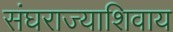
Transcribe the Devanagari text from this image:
संघराज्याशिवाय